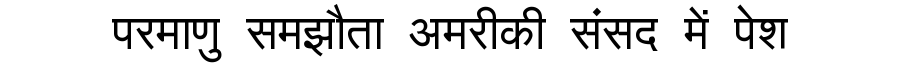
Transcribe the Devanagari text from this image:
परमाणु समझौता अमरीकी संसद में पेश